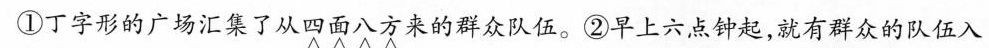
①丁字形的广场汇集了从四面八方来的群众队伍。②早上六点钟起，就有群众的队伍入